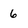
Character: 6